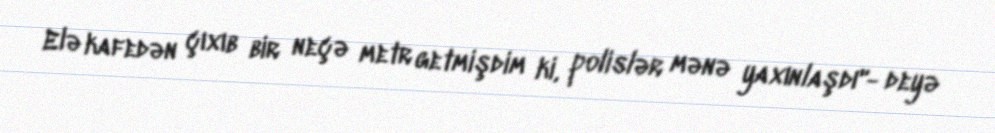
Elə kafedən çıxıb bir neçə metr getmişdim ki, polislər mənə yaxınlaşdı"- deyə